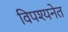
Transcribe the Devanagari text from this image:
विपश्यनेत